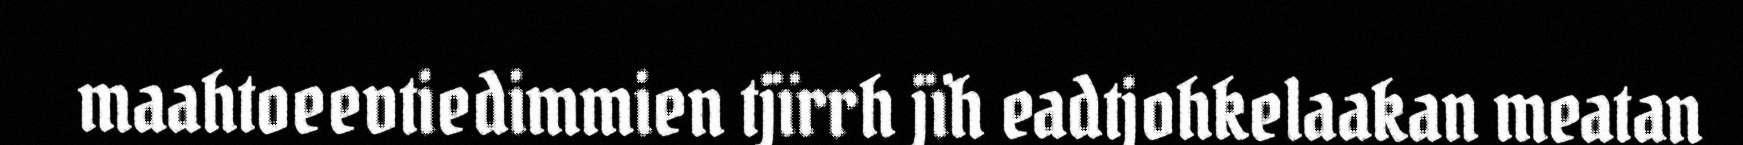
maahtoeevtiedimmien tjïrrh jïh eadtjohkelaakan meatan